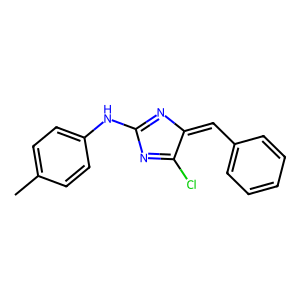
SMILES: Cc1ccc(NC2=NC(=Cc3ccccc3)C(Cl)=N2)cc1
Inhibits HIV replication: No